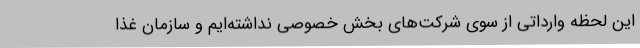
این لحظه وارداتی از سوی شرکت‌های بخش خصوصی نداشته‌ایم و سازمان غذا